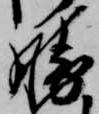
勝